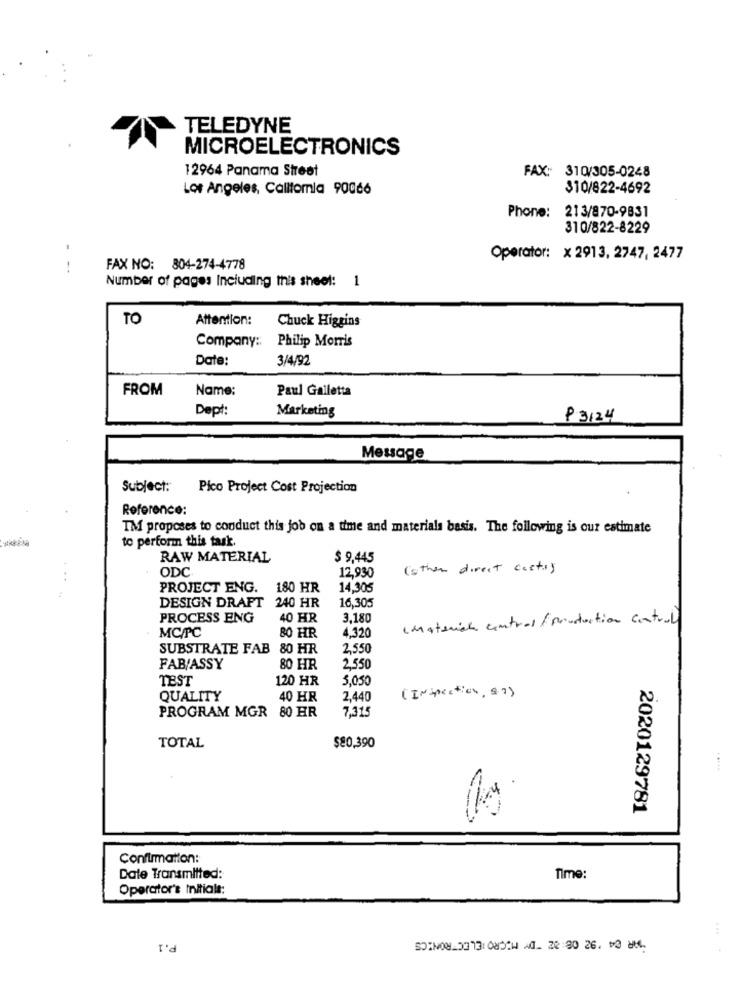
TELEDYNE
MICROELECTRONICS
12964 Panama Street
FAX: 310/305-0248
Los Angeles, California 90066
310/822-4692
Phone:
213/870-9831
310/822-8229
Operator: x 2913, 2747, 2477
FAX NO: 804-274-4778
Number of pages Including this sheet: 1
TO
Attention:
Chuck Higgins
Company :: Philip Morris
Date:
3/4/92
FROM
Name:
Paul Galletta
Dept:
Marketing
P3124
Message
Subject:
Pico Project Cost Projection
Reference:
IM proposes to conduct this job on a time and materials basis. The following is our estimate
to perform this task.
RAW MATERIAL
$ 9,445
ODC
12,930
(other direct costs)
PROJECT ENG. 180 HR
14,305
DESIGN DRAFT 240 HR
16,305
PROCESS ENG
40 HR
3.180
(Materiale central/ production cantruly
MC/PC
BO HR
4,320
SUBSTRATE FAB 80 HR
2,550
FAB/ASSY
80 HR
2.550
TEST
120 HR
5,050
QUALITY
40 HR
2,440
(Inspection, 8.7)
7,31
PROGRAM MGR 80 HR
TOTAL
$80,390
2020129781
Confirmation:
Dale Transmitted:
Time:
Operator's Initiale:
...
P.1